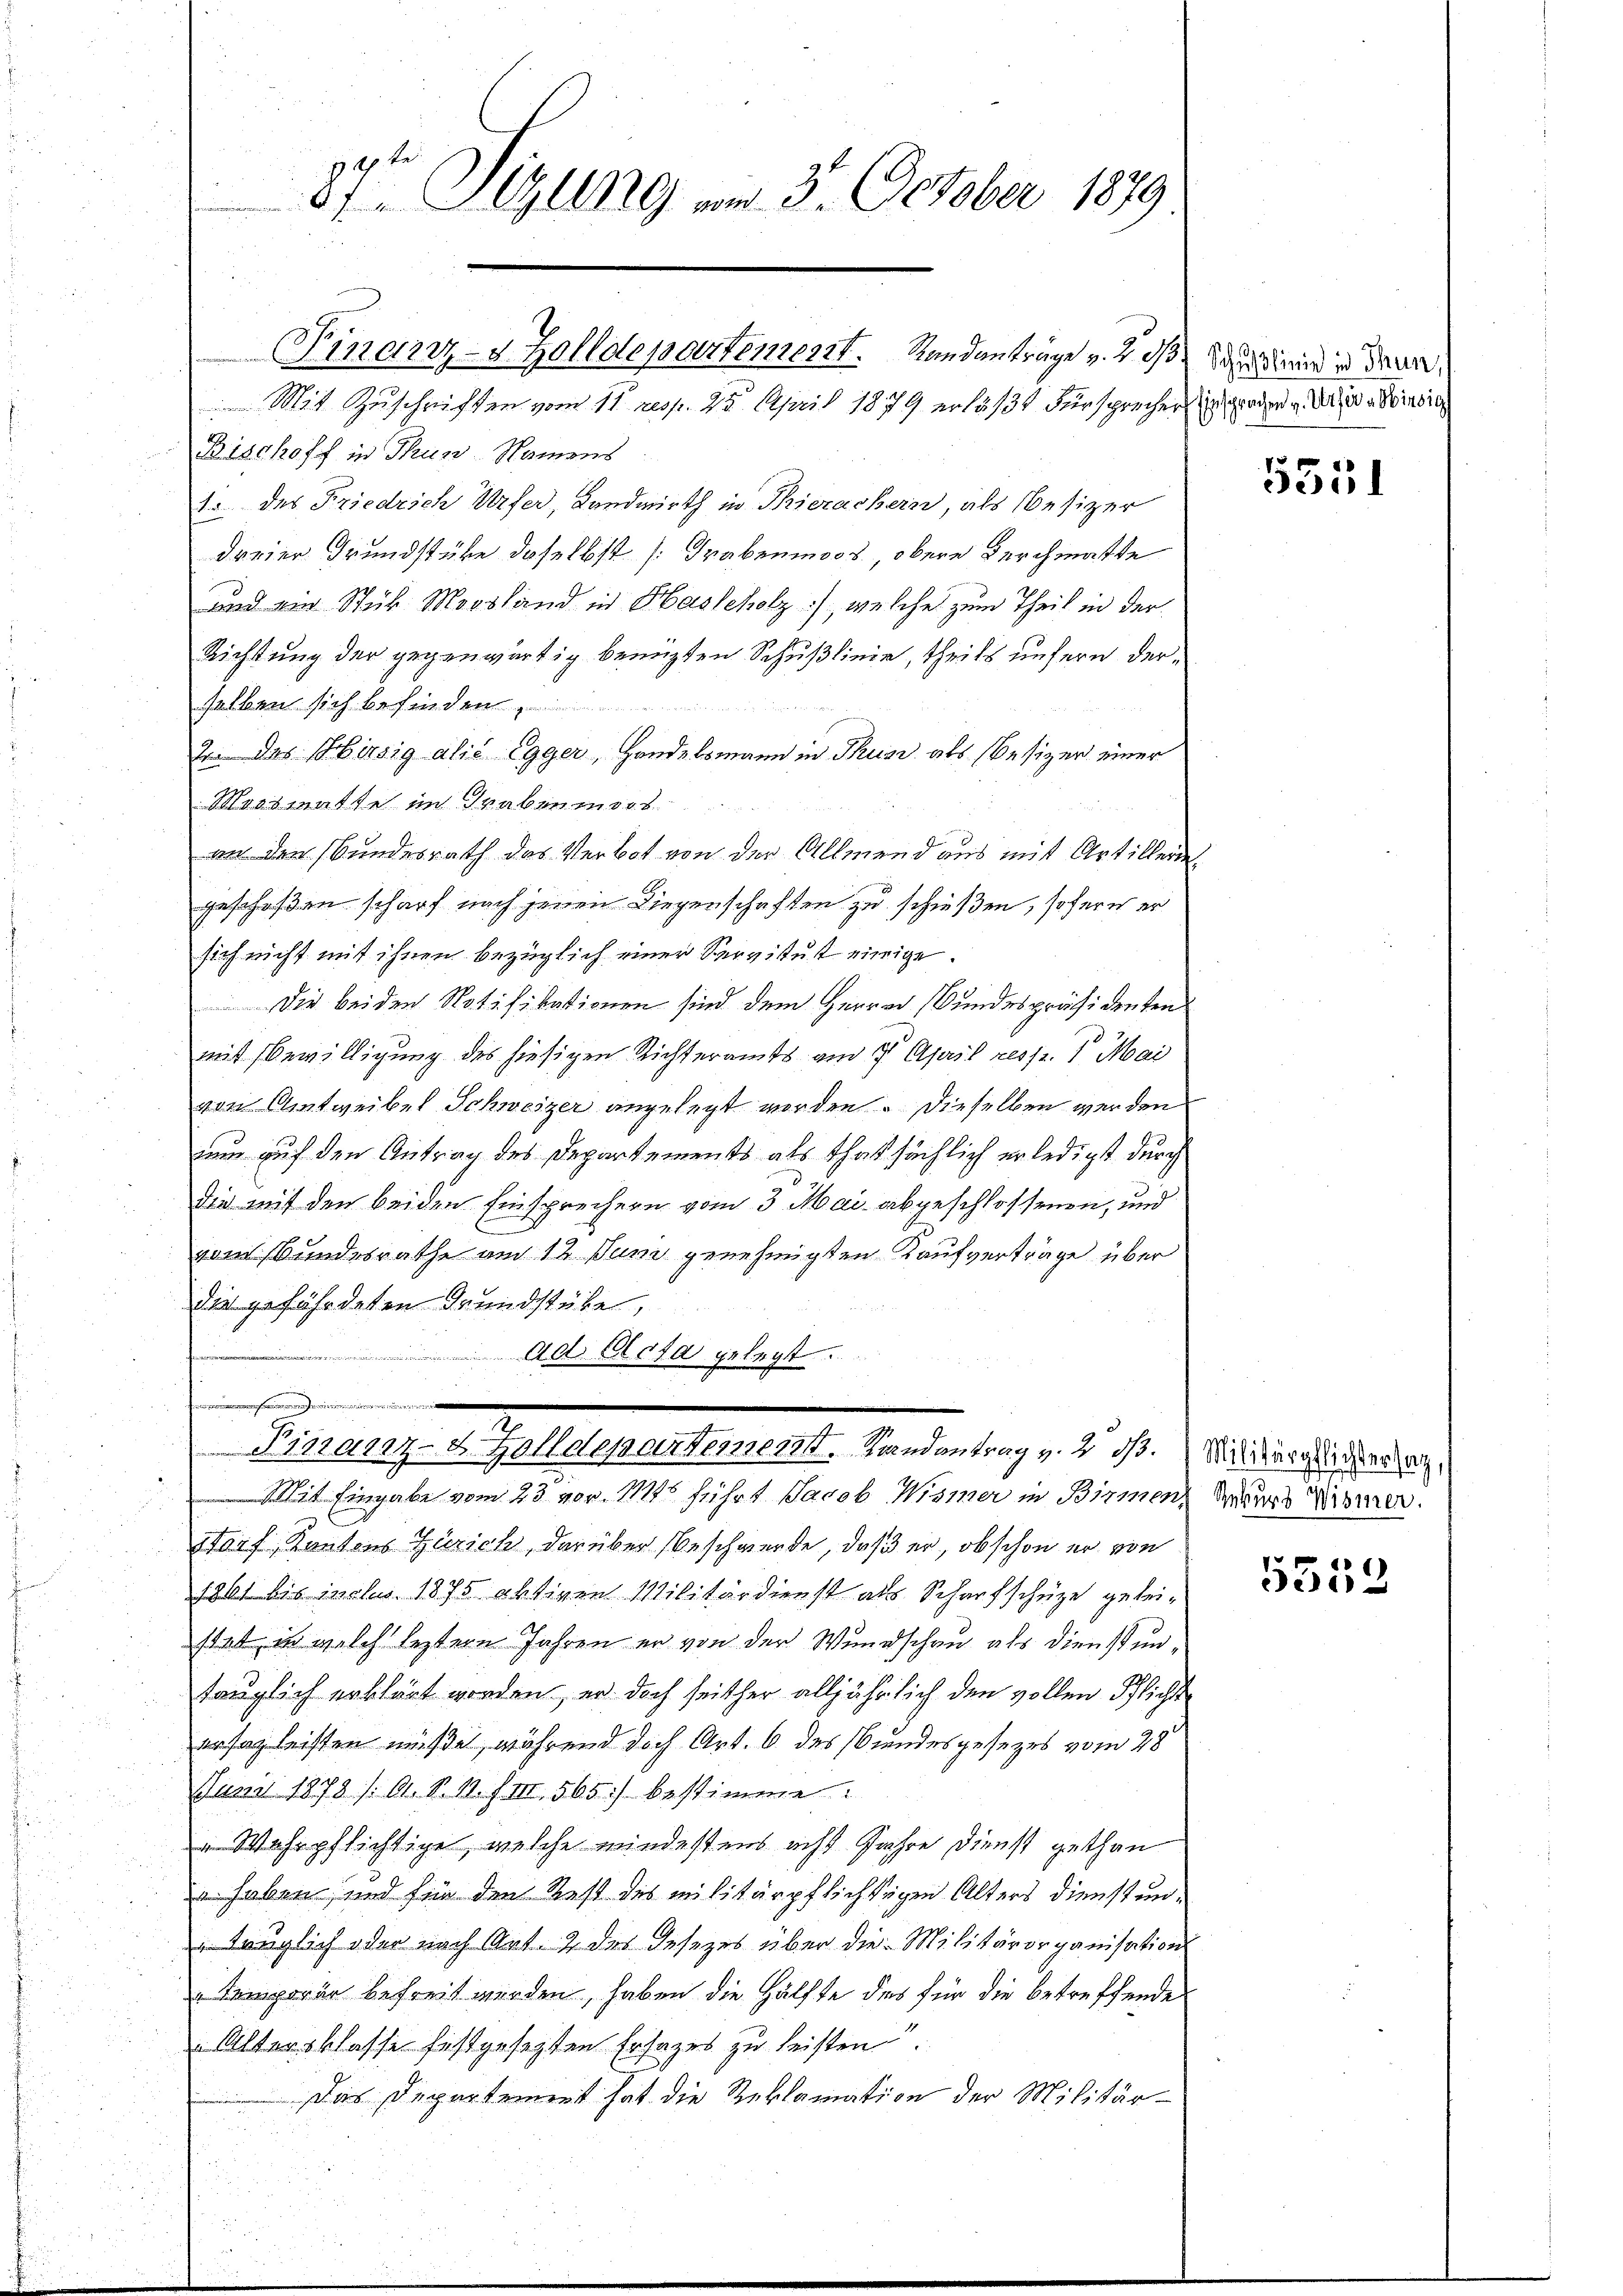
87 Glung vom 3. October 1879

Bischoff in Thun Namens
1 des Friedrich Urfer, Landwirth in Thierachern, als Besizer
dreier Grundstüke daselbst [Grabenmoos, obere Durchmatte
und ein Stük Moosland in Hasscholz), welche zum Theil in der
Richtung der gegenwärtig benuzten Schußlinie, theils unsern dersalben sich befinden
2 das Hirsig alić Egger, Handelsmann in Thusi als Besizer einer
Masmatte im Graben mort
an den Bundesrath das Verbot von der Allmend aus mit Artillerie
geschoßen scharf nach jenen Liegenschaften zu schießen, sofern er
sich nicht mit ihnen bezüglich einer Servitut einige.
Die beiden Notifikationen sind dem Herrn Bundespräsidenten
mit Bewilligung des hiesigen Richteramts am 1. April resp. 1. Mai
von Amtweibel Schweizer angelegt worden. Dieselben werden
nun auf den Antrag des Departements als thatsächlich erledigt durch
die mit den beiden Einsprechern vom 3. Mai abgeschlossenen, und
vom Bundesrathe am 12. Juni genehmigten Kaufverträge über
die gefährdeten Grundstube,
i
ad Acta gelegt.
e
 Pistanz- & Zolldepartement. Randantrag v. 2. ds.
Mit Eingabe vom 23 vor. Mts führt Jacob Wismer in Birmen-
Torf, Kantons Zürich, darüber beschwerde, daß er, ob schon er von
1861 bis justus 1875 aktiven Militärdienst als Scharfschüze geleistat, in welch leztere Jahren er von der Wundschau als dienstuntauglich erklärt worden, er doch seither alljährlich den vollen Pflicht
ersag leisten müße, während doch Art. 6 des Bundesgesezes vom 28
Juni 1879 /: A. S. 11. f. III 565) bestimme
" Wahrpflichtige, welche mindestens acht Jahre Dienst gethan
u haben, und für den Rest des militärpflichtigen Alters dienstun¬
" tauglich oder nach Art. 2 des Gesezes über die Militärorganisations
Temporär befreit werden, haben die Hälfte des für die betreffende
Altersklasse festgesezten Ersatzes zu leisten.
Das Departement hat die Reklamation der Militär¬

Finanz-4 Zolldepartement. Standanträge v. 2. 13 an die in dran

Mit Zuschriften vom 11. Resp. 25. April 1879 erläßt Fürsprecher in gegen das einig

5351

Militärpflichtersag,
Rekurs Wisser.

5552